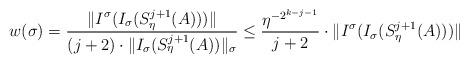
LaTeX: \begin{align*}w(\sigma) = \frac{\|I^\sigma(I_\sigma(S_\eta^{j+1}(A)))\|}{(j+2) \cdot \|I_\sigma(S_\eta^{j+1}(A))\|_\sigma}\leq \frac{\eta^{-2^{k-j-1}}}{j+2} \cdot \|I^\sigma(I_\sigma(S_\eta^{j+1}(A)))\|\end{align*}